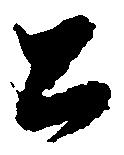
公